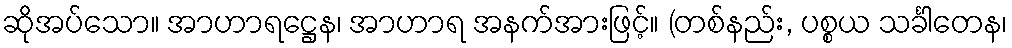
ဆိုအပ်သော။ အာဟာရဋ္ဌေန၊ အာဟာရ အနက်အားဖြင့်။ (တစ်နည်း, ပစ္စယ သင်္ခါတေန၊